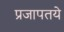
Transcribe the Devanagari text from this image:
प्रजापतये